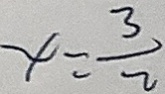
x = \frac { 3 } { 2 }